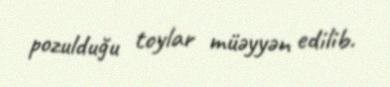
pozulduğu toylar müəyyən edilib.